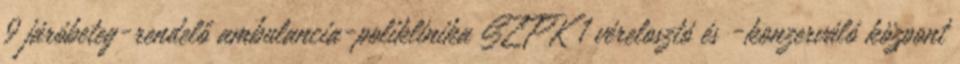
9 járóbeteg-rendelő ambulancia-poliklinika SZTK 1 vérelosztó és -konzerváló központ